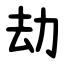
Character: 劫